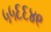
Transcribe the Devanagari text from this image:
५५६६४९